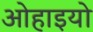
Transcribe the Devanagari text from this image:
ओहाइयो